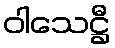
ဝါသေဋ္ဌီ